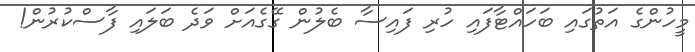
މީހުންގެ އަތުގައި ބަހައްޓާފައި ހުރި ފައިސާ ބެލުން ގޭގެއަށް ވަދެ ބަލައި ފާސްކުރުން!